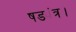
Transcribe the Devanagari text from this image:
षड्यंत्र।